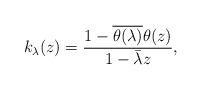
LaTeX: \begin{align*} k_{\lambda}(z) =\frac{1-\overline{\theta(\lambda)} \theta(z)}{1-\bar{\lambda} z},\end{align*}